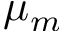
\mu _ { m }